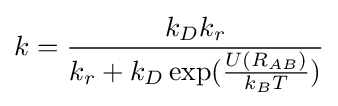
k={\frac {k_{D}k_{r}}{k_{r}+k_{D}\exp({\frac {U(R_{AB})}{k_{B}T}})}}